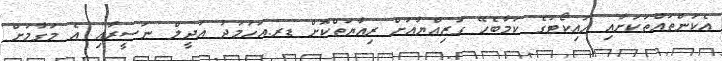
އެކަންތައްތަކަށާއި ހައިކޯޓުގެ ކަމާބެހޭ ގަޒިއްޔާއަށް ރިއާޔަތްކޮށް ޑރ.އަހުމަދު އަދީލް ނަސީރާއި އެ މަގާމަށް